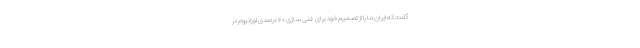
گفت که ایران ما را از تصمیم خود برای غنی سازی ۶۰ درصدی اورانیوم در